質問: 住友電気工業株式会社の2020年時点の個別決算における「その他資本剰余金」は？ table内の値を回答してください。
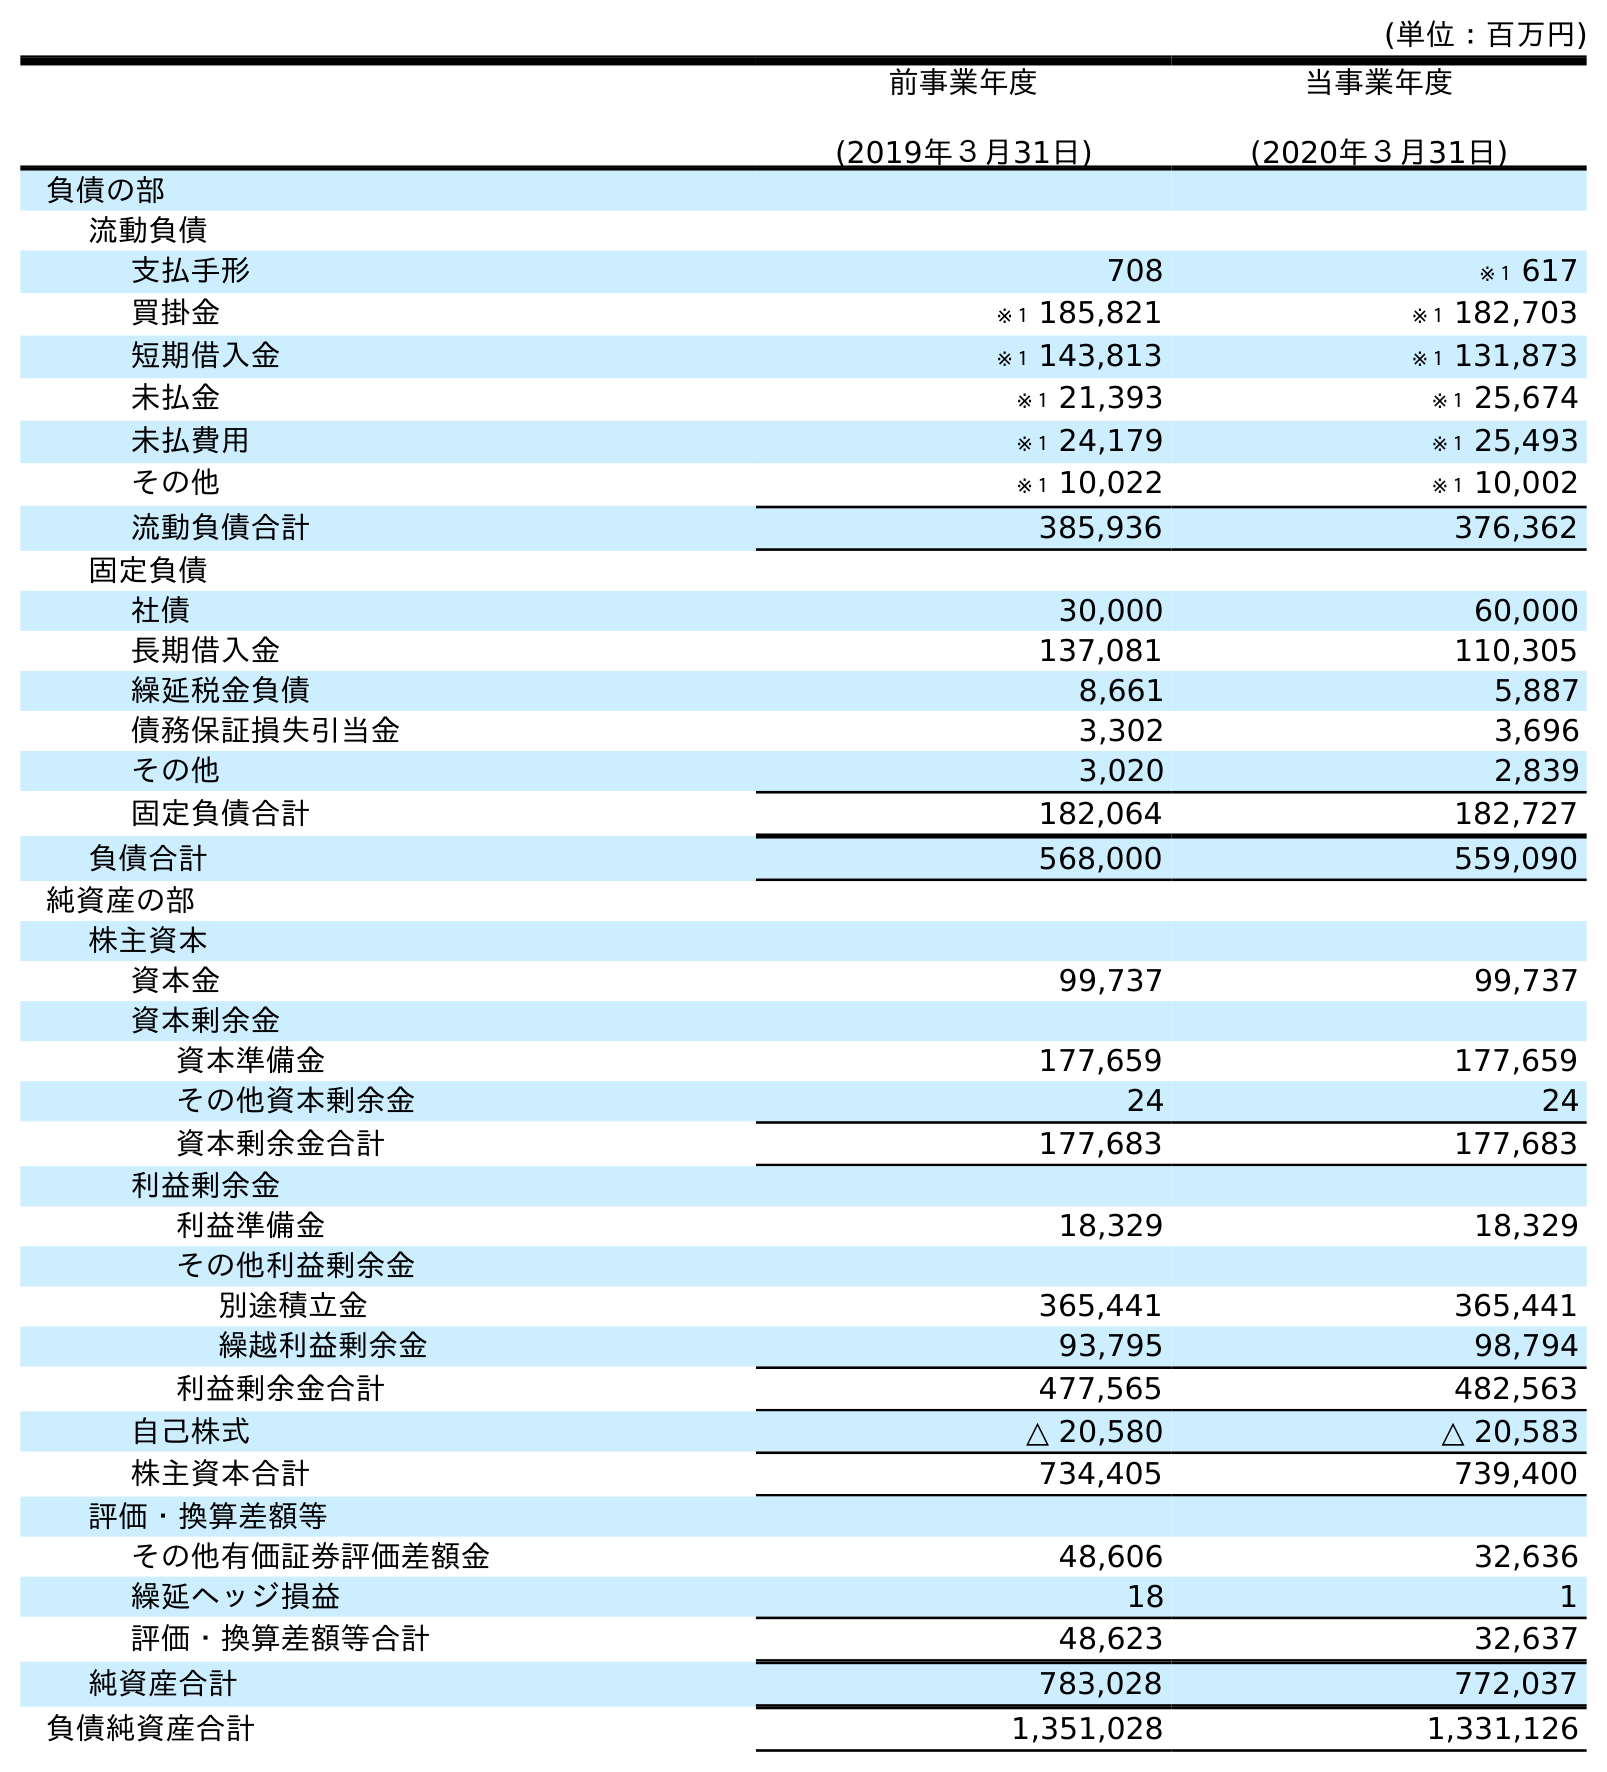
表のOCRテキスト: (単位：百万円) 前事業年度 (2019年３月31日) 当事業年度 (2020年３月31日) 負債の部 流動負債 支払手形 708 ※１ 617 買掛金 ※１ 185,821 ※１ 182,703 短期借入金 ※１ 143,813 ※１ 131,873 未払金 ※１ 21,393 ※１ 25,674 未払費用 ※１ 24,179 ※１ 25,493 その他 ※１ 10,022 ※１ 10,002 流動負債合計 385,936 376,362 固定負債 社債 30,000 60,000 長期借入金 137,081 110,305 繰延税金負債 8,661 5,887 債務保証損失引当金 3,302 3,696 その他 3,020 2,839 固定負債合計 182,064 182,727 負債合計 568,000 559,090 純資産の部 株主資本 資本金 99,737 99,737 資本剰余金 資本準備金 177,659 177,659 その他資本剰余金 24 24 資本剰余金合計 177,683 177,683 利益剰余金 利益準備金 18,329 18,329 その他利益剰余金 別途積立金 365,441 365,441 繰越利益剰余金 93,795 98,794 利益剰余金合計 477,565 482,563 自己株式 △ 20,580 △ 20,583 株主資本合計 734,405 739,400 評価・換算差額等 その他有価証券評価差額金 48,606 32,636 繰延ヘッジ損益 18 1 評価・換算差額等合計 48,623 32,637 純資産合計 783,028 772,037 負債純資産合計 1,351,028 1,331,126
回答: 24